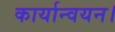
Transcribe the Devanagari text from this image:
कार्यान्‍वयन।